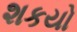
શકયો